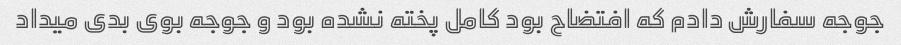
جوجه سفارش دادم که افتضاح بود کامل پخته نشده بود و جوجه بوى بدى میداد